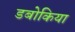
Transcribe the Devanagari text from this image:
डबोकिया